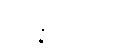
ဥပ္ပန္န ၄-မျိုး။